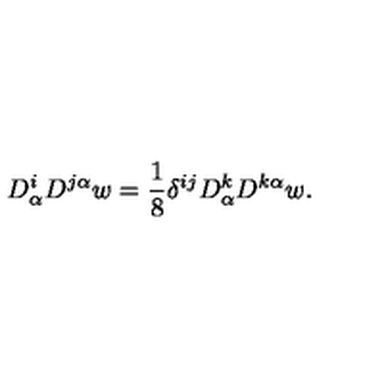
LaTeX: D _ { \alpha } ^ { i } D ^ { j \alpha } w = { \frac { 1 } { 8 } } \delta ^ { i j } D _ { \alpha } ^ { k } D ^ { k \alpha } w .